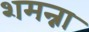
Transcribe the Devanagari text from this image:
शमन्ना